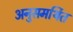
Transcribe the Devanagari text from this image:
अनुसमर्थित